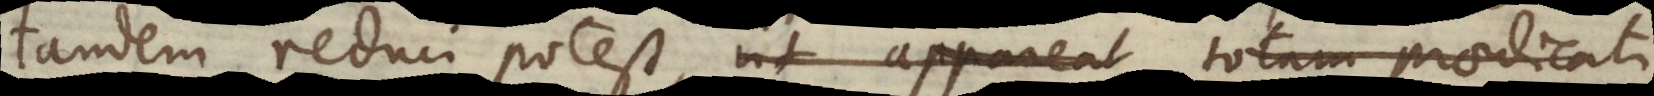
tandem reduci potest, ut appareat totam praedicati